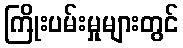
ကြိုးပမ်းမှုများတွင်